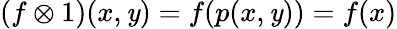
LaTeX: (f\otimes1)(x,\mathit{y})=f(p(x,\mathit{y}))=f(x)